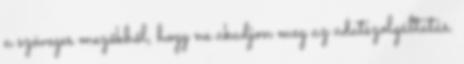
a szöveges mezőkből, hogy ne akadjon meg az adatszolgáltatás.